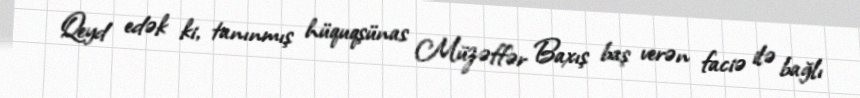
Qeyd edək ki, tanınmış hüquqşünas Müzəffər Baxış baş verən faciə ilə bağlı